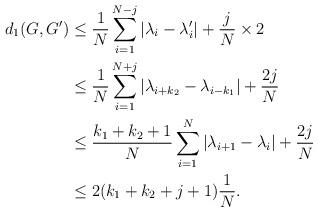
LaTeX: \begin{align*}d_1(G, G')&\leq \frac{1}{N}\sum_{i=1}^{N-j}|\lambda_i-\lambda'_i|+\frac{j}{N}\times 2\\&\leq \frac{1}{N}\sum_{i=1}^{N+j}|\lambda_{i+k_2}-\lambda_{i-k_1}|+\frac{2j}{N}\\&\leq \frac{k_1+k_2+1}{N}\sum_{i=1}^{N}|\lambda_{i+1}-\lambda_{i}|+\frac{2j}{N}\\&\leq 2(k_1+k_2+j+1)\frac{1}{N}.\end{align*}